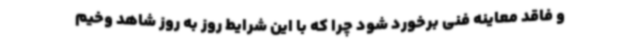
و فاقد معاینه فنی برخورد شود چرا که با این شرایط روز به روز شاهد وخیم